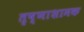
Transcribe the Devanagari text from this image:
तृष्णाशामक